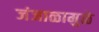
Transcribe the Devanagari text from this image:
जंजाळामुळे